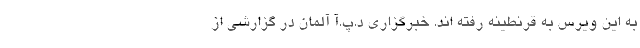
به این ویرس به قرنطینه رفته اند. خبرگزاری د.پ.آ آلمان در گزارشی از